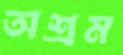
অশ্রম